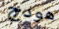
هودج